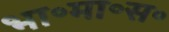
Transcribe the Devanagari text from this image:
भा॰मा॰स॰